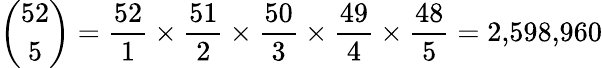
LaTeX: {\binom{52}{5}}={\frac{52}{1}}\times{\frac{51}{2}}\times{\frac{50}{3}}\times{\frac{49}{4}}\times{\frac{48}{5}}=2{,}598{,}960